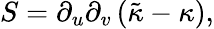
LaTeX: S=\partial_{u}\partial_{v}\left(\tilde{\kappa}-\kappa\right),